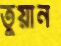
তুয়ান